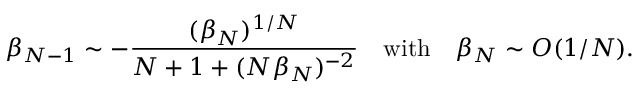
\beta _ { N - 1 } \sim - { \frac { ( \beta _ { N } ) ^ { 1 / N } } { N + 1 + ( N \beta _ { N } ) ^ { - 2 } } } \quad \mathrm { w i t h } \quad \beta _ { N } \sim { \cal O } ( 1 / N ) .